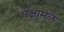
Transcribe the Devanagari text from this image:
अक्षामुळे